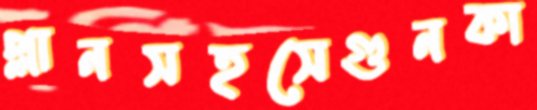
প্লানসহসেগুনকা